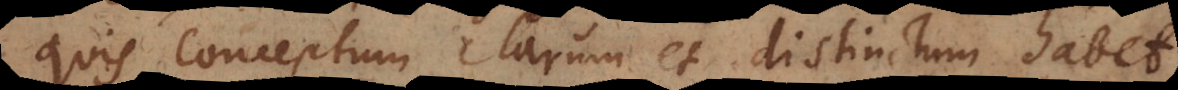
quis conceptum clarum et distinctum habet